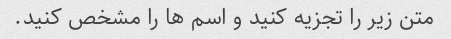
متن زیر را تجزیه کنید و اسم ها را مشخص کنید.